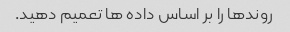
روندها را بر اساس داده ها تعمیم دهید.